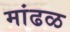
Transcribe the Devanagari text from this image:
मांढळ